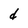
Character: d